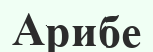
Арибе